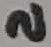
Text: 2